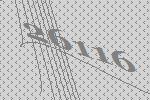
26116